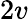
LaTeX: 2v